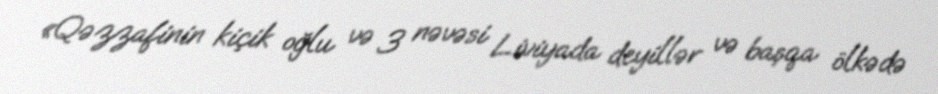
«Qəzzafinin kiçik oğlu və 3 nəvəsi Liviyada deyillər və başqa ölkədə